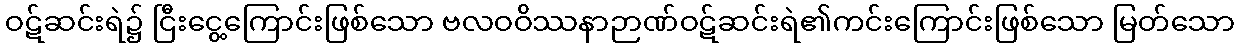
ဝဋ်ဆင်းရဲ၌ ငြီးငွေ့ကြောင်းဖြစ်သော ဗလဝဝိဿနာဉာဏ်ဝဋ်ဆင်းရဲ၏ကင်းကြောင်းဖြစ်သော မြတ်သော